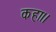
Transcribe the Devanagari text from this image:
कहा।।